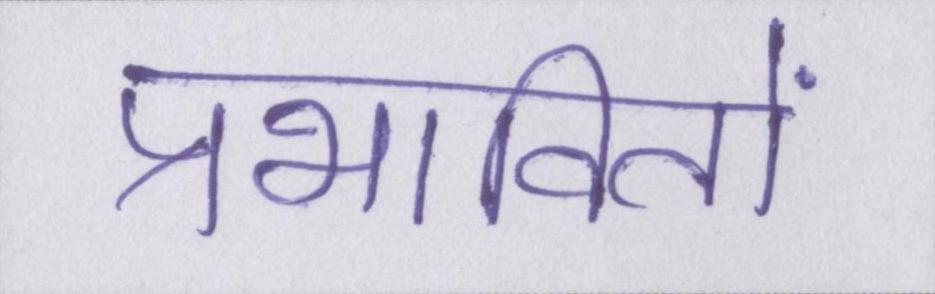
प्रभावितों